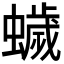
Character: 𮕃